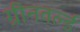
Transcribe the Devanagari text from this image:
ग्रीनवर्ल्ड